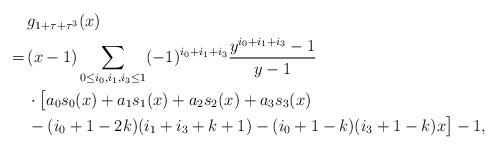
LaTeX: \begin{align*}&g_{1+\tau+\tau^3}(x)\cr=\,&(x-1)\sum_{0\le i_0,i_1,i_3\le 1}(-1)^{i_0+i_1+i_3}\frac{y^{i_0+i_1+i_3}-1}{y-1}\cr&\cdot \bigl[a_0s_0(x)+a_1s_1(x)+a_2s_2(x)+a_3s_3(x)\cr&-(i_0+1-2k)(i_1+i_3+k+1)-(i_0+1-k)(i_3+1-k)x\bigr]-1,\end{align*}